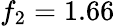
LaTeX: f_{2}=1.66